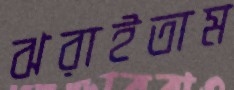
ঝরাইতাম